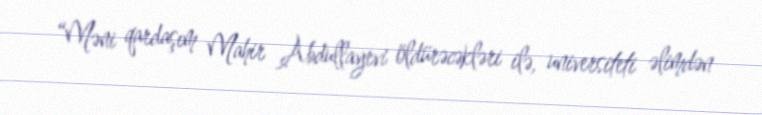
“Məni qardaşım Mahir Abdullayevi öldürəcəkləri ilə, universiteti əlimdən